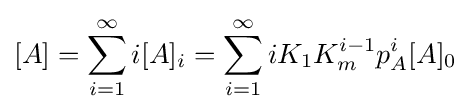
[A]=\sum _{i=1}^{\infty }i[A]_{i}=\sum _{i=1}^{\infty }iK_{1}K_{m}^{i-1}p_{A}^{i}[A]_{0}